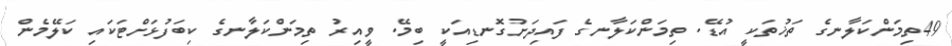
49ތިމަންކަލާނގެ ތަޚުތަކީ އުޑޭ. ތިމަންކަލާނގެ ފައިދަށުގޮނޑިއަކީ ބިމޭ. ވީއިރު ތިމަންކަލާނގެ ކިބަފުޅަށްޓަކައި ކަލޭމެން